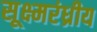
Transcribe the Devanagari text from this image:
सूक्ष्मरंध्रीय